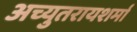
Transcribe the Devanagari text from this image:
अच्युतरायशर्मा